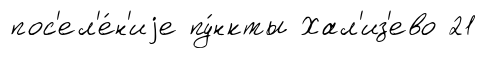
пос'ел'е́н'иjе пу́нкты Хал'из'ево 21